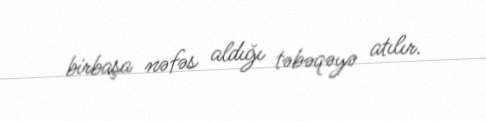
birbaşa nəfəs aldığı təbəqəyə atılır.